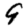
Digit: 9